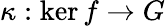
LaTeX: \kappa:\ker f\rightarrow G